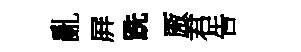
亂屛跣厫君告